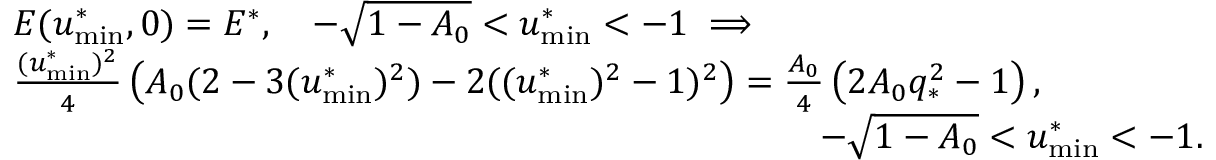
\begin{array} { r l } & { E ( u _ { \mathrm { m i n } } ^ { * } , 0 ) = E ^ { * } , \quad - \sqrt { 1 - A _ { 0 } } < u _ { \mathrm { m i n } } ^ { * } < - 1 \implies } \\ & { \frac { ( u _ { \mathrm { m i n } } ^ { * } ) ^ { 2 } } { 4 } \left( A _ { 0 } ( 2 - 3 ( u _ { \mathrm { m i n } } ^ { * } ) ^ { 2 } ) - 2 ( ( u _ { \mathrm { m i n } } ^ { * } ) ^ { 2 } - 1 ) ^ { 2 } \right) = \frac { A _ { 0 } } 4 \left( 2 A _ { 0 } q _ { * } ^ { 2 } - 1 \right) , \quad } \\ & { \qquad \qquad \qquad \qquad \qquad \qquad \qquad \qquad \qquad \qquad \qquad - \sqrt { 1 - A _ { 0 } } < u _ { \mathrm { m i n } } ^ { * } < - 1 . } \end{array}